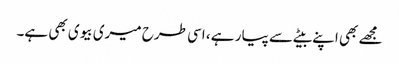
مجھے بھی اپنے بیٹے سے پیار ہے ، اسی طرح میری بیوی بھی ہے۔